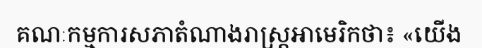
គណៈកម្មការសភាតំណាងរាស្ត្រអាមេរិកថា៖ «យើង